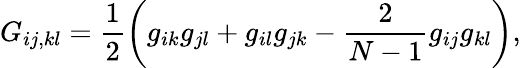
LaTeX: G_{ij,kl}=\frac{1}{2}\left(g_{ik}g_{jl}+g_{il}g_{jk}-\frac{2}{N-1}g_{ij}g_{kl}\right),